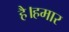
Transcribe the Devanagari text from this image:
है।हमार